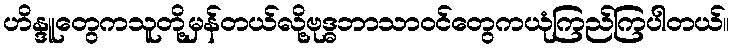
ဟိန္ဒူတွေကသူတို့မှန်တယ်လို့ဗုဒ္ဓဘာသာဝင်တွေကယုံကြည်ကြပါတယ်။